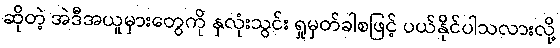
ဆိုတဲ့ အဲဒီအယူမှားတွေကို နှလုံးသွင်း ရှုမှတ်ခါစဖြင့် ပယ်နိုင်ပါသလားလို့